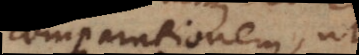
comparationem, ut